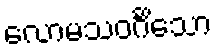
လောမသဝင်္ဂိသော